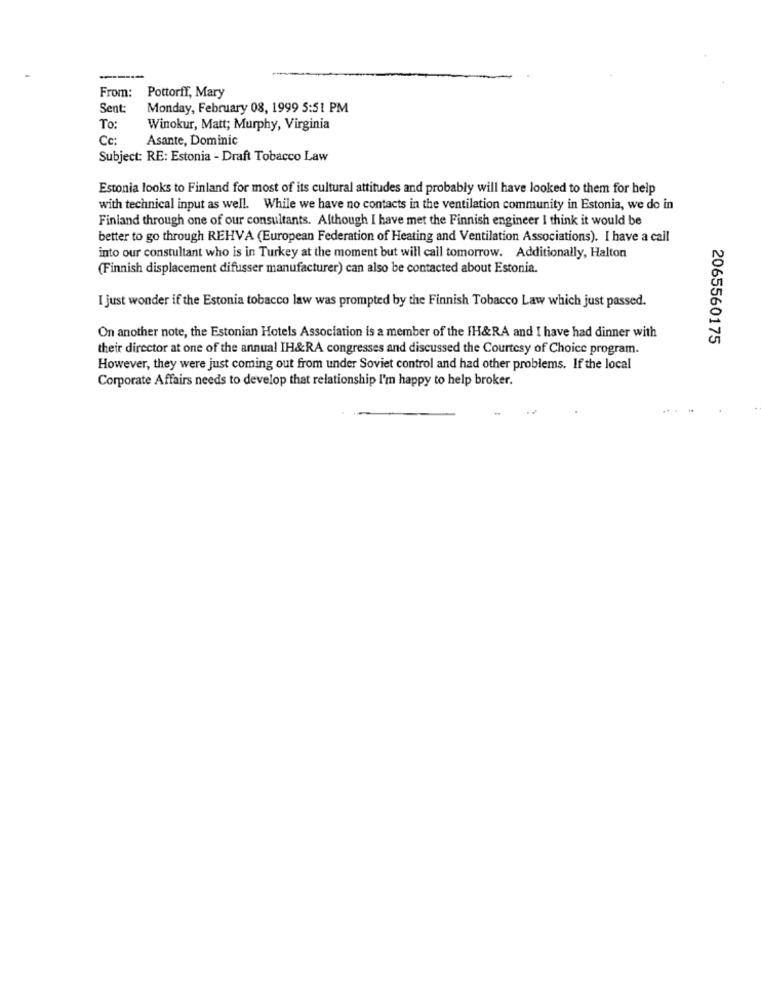
-----
From:
Pottorff, Mary
Sent:
Monday, February 08, 1999 5:51 PM
To:
Winokur, Matt; Murphy, Virginia
Cc:
Asante, Dominic
Subject: RE: Estonia - Draft Tobacco Law
Estonia looks to Finland for most of its cultural attitudes and probably will have looked to them for help
with technical input as well. While we have no contacts in the ventilation community in Estonia, we do in
Finland through one of our consultants. Although I have met the Finnish engineer I think it would be
better to go through REHVA (European Federation of Heating and Ventilation Associations). I have a call
into our constultant who is in Turkey at the moment but will call tomorrow. Additionally, Halton
(Finnish displacement difusser manufacturer) can also be contacted about Estonia.
I just wonder if the Estonia tobacco law was prompted by the Finnish Tobacco Law which just passed.
On another note, the Estonian Hotels Association is a member of the IH&RA and I have had dinner with
2065560175
their director at one of the annual IH&RA congresses and discussed the Courtesy of Choice program.
However, they were just coming out from under Soviet control and had other problems. If the local
Corporate Affairs needs to develop that relationship I'm happy to help broker.